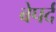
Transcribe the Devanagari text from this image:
बेपर्द